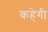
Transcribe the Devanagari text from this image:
कहेगी